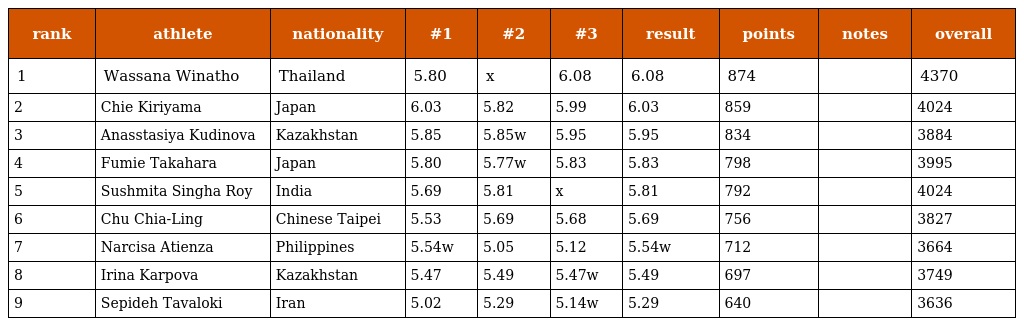
| rank | athlete | nationality | #1 | #2 | #3 | result | points | notes | overall |
 | --- | --- | --- | --- | --- | --- | --- | --- | --- | --- |
 | 1 | Wassana Winatho | Thailand | 5.80 | x | 6.08 | 6.08 | 874 |  | 4370 |
 | 2 | Chie Kiriyama | Japan | 6.03 | 5.82 | 5.99 | 6.03 | 859 |  | 4024 |
 | 3 | Anasstasiya Kudinova | Kazakhstan | 5.85 | 5.85w | 5.95 | 5.95 | 834 |  | 3884 |
 | 4 | Fumie Takahara | Japan | 5.80 | 5.77w | 5.83 | 5.83 | 798 |  | 3995 |
 | 5 | Sushmita Singha Roy | India | 5.69 | 5.81 | x | 5.81 | 792 |  | 4024 |
 | 6 | Chu Chia-Ling | Chinese Taipei | 5.53 | 5.69 | 5.68 | 5.69 | 756 |  | 3827 |
 | 7 | Narcisa Atienza | Philippines | 5.54w | 5.05 | 5.12 | 5.54w | 712 |  | 3664 |
 | 8 | Irina Karpova | Kazakhstan | 5.47 | 5.49 | 5.47w | 5.49 | 697 |  | 3749 |
 | 9 | Sepideh Tavaloki | Iran | 5.02 | 5.29 | 5.14w | 5.29 | 640 |  | 3636 |